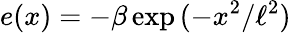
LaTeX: e(x)=-\beta\exp{(-x^{2}/\ell^{2})}